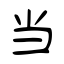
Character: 当